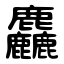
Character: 麤